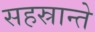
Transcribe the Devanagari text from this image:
सहस्रान्ते